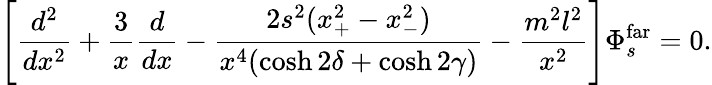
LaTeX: \left[{\frac{d^{2}}{dx^{2}}}+{\frac{3}{x}}{\frac{d}{dx}}-{\frac{2s^{2}(x_{+}^{2}-x_{-}^{2})}{x^{4}(\cosh 2\delta+\cosh 2\gamma)}}-{\frac{m^{2}l^{2}}{x^{2}}}\right]\Phi_{s}^{\mathrm{far}}=0.